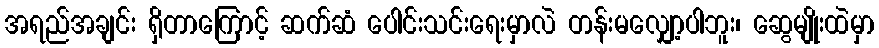
အရည်အချင်း ရှိတာကြောင့် ဆက်ဆံ ပေါင်းသင်းရေးမှာလဲ တန်းမလျှော့ပါဘူး၊ ဆွေမျိုးထဲမှာ